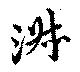
淑